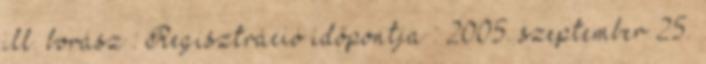
ill. borász : Regisztráció időpontja : 2005. szeptember 25.